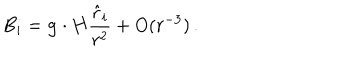
B _ { i } = { \bf g } \cdot { \bf H } { \frac { { \hat { r } } _ { i } } { r ^ { 2 } } } + O ( r ^ { - 3 } ) \, .